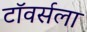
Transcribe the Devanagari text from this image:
टॉवर्सला